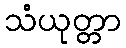
သံယုတ္တာ